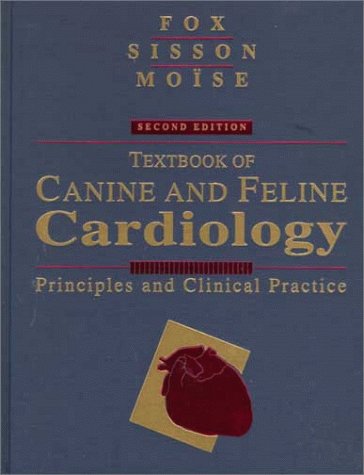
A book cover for Textbook of Canine and Feline Cardiology: Principles and Clinical Practice; Philip R. Fox DVM  MSc; Medical Books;